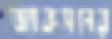
জ্যাকসনের